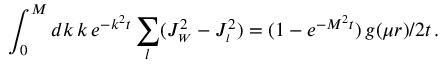
\int _ { 0 } ^ { M } d k \, k \, e ^ { - k ^ { 2 } t } \sum _ { l } ( J _ { \scriptscriptstyle { W } } ^ { 2 } - J _ { \scriptscriptstyle { l } } ^ { 2 } ) = ( 1 - e ^ { - M ^ { 2 } t } ) \, g ( \mu r ) / 2 t \, .